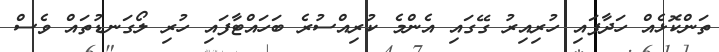
ތަންކޮޅެއް ހަދާފައި ހުރިއިރު ގޭގައި އެންމެ ކުރިއްސުރެ ބަހައްޓާފައި ހުރި ލޯގަނޑުތައް ވެސް